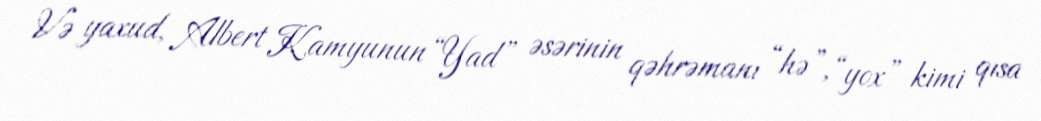
Və yaxud, Albert Kamyunun “Yad” əsərinin qəhrəmanı “hə”, “yox” kimi qısa